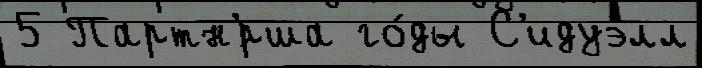
5 Партн'́рша го́ды С'идуэлл